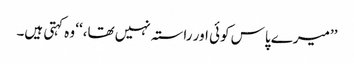
’’میرے پاس کوئی اور راستہ نہیں تھا،‘‘ وہ کہتی ہیں۔